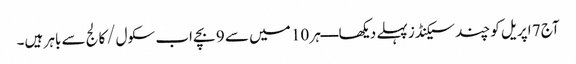
آج 7 اپریل کو چند سیکنڈز پہلے دیکھا ــــ ہر 10 میں سے 9 بچے اب سکول/کالج سے باہر ہیں۔